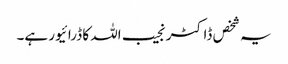
یہ شخص ڈاکٹر نجیب اللہ کا ڈرائیور ہے۔